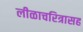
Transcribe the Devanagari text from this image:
लीळाचरित्रासह